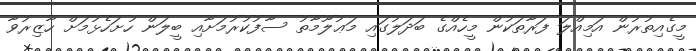
މީގެއިތުރުން އަމިއްލަ ފަރާތަކުން މީހެއްގެ ބަދަލުގައި މަޢުލޫމާތު ސާފުކުރުމަށާއި ބީލަން ހުށަހެޅުމަށް ހާޒިރުވާ